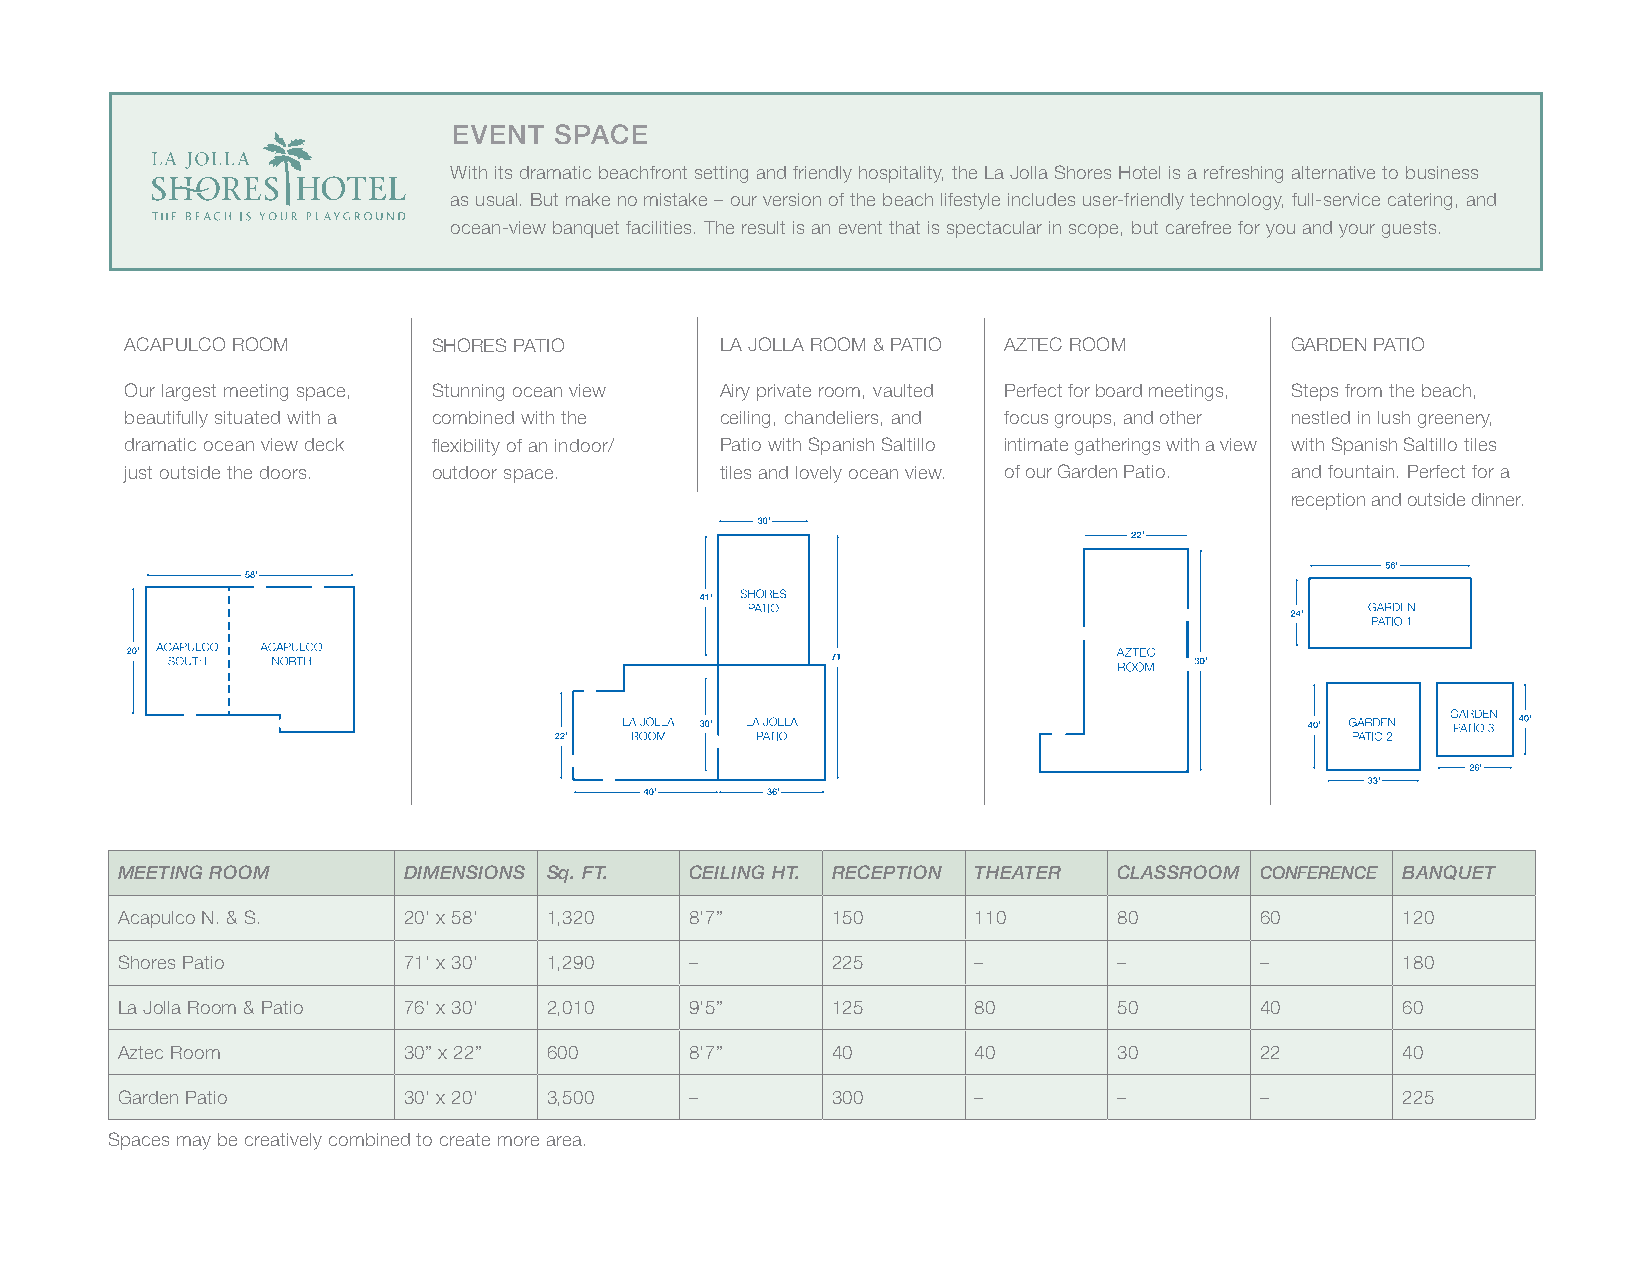
EVENT  SPACE
 With its dramatic beachfront setting and friendly hospitality, the La Jolla Shores Hotel is a refreshing alternative to business
 as usual. But make no mistake – our version of the beach lifestyle includes user-friendly technology, full-service catering, and
 ocean-view banquet facilities. The result is an event that is spectacular in scope, but carefree for you and your guests.
 ACAPULCO ROOM        SHORES PATIO       LA JOLLA ROOM & PATIO AZTEC ROOM     GARDEN PATIO
 Our largest meeting space, Stunning ocean view Airy private room, vaulted Perfect for board meetings, Steps from the beach,
 beautifully situated with a combined with the ceiling, chandeliers, and focus groups, and other nestled in lush greenery,
 dramatic ocean view deck fexibility of an indoor/ Patio with Spanish Saltillo intimate gatherings with a view with Spanish Saltillo tiles
 just outside the doors. outdoor space.  tiles and lovely ocean view. of our Garden Patio. and fountain. Perfect for a
 reception and outside dinner.
 MEETING ROOM       DIMENSIONS Sq. FT. CEILING HT. RECEPTION THEATER CLASSROOM CONFERENCE BANQUET
 Acapulco N. & S.   20’ x 58’ 1,320    8’7”     150      110       80       60        120
 Shores Patio       71’ x 30’ 1,290    –        225      –         –        –         180
 La Jolla Room & Patio 76’ x 30’ 2,010 9’5”     125      80        50       40        60
 Aztec Room         30” x 22” 600      8’7”     40       40        30       22        40
 Garden Patio       30’ x 20’ 3,500    –        300      –         –        –         225
 Spaces may be creatively combined to create more area.